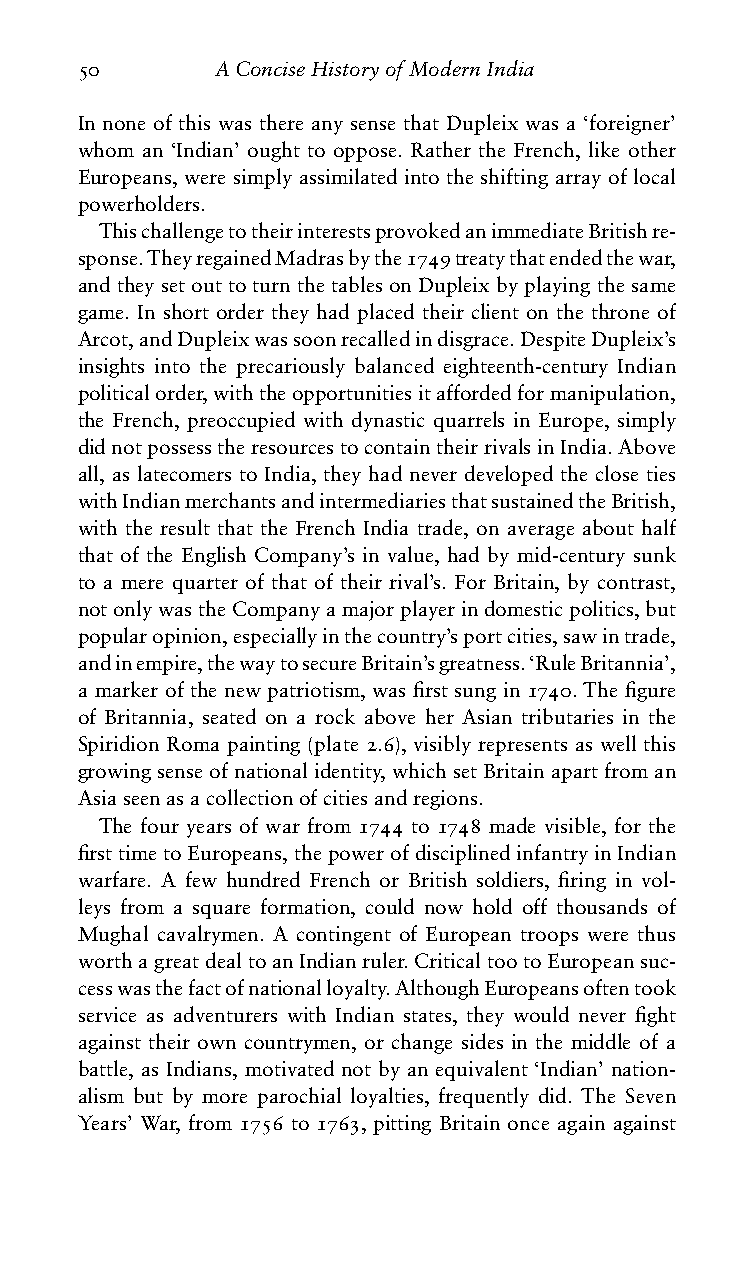
50       AConciseHistoryofModernIndia
 In none of this was there any sense that Dupleix was a ‘foreigner’
 whom an ‘Indian’ ought to oppose. Rather the French, like other
 Europeans, were simply assimilated into the shifting array of local
 powerholders.
 ThischallengetotheirinterestsprovokedanimmediateBritishre-
 sponse.TheyregainedMadrasbythe1749treatythatendedthewar,
 andtheysetouttoturnthetablesonDupleixbyplayingthesame
 game. In short order they had placed their client on the throne of
 Arcot,andDupleixwassoonrecalledindisgrace.DespiteDupleix’s
 insights into the precariously balanced eighteenth-century Indian
 politicalorder,withtheopportunitiesitaffordedformanipulation,
 the French, preoccupied with dynastic quarrels in Europe, simply
 didnotpossesstheresourcestocontaintheirrivalsinIndia.Above
 all, as latecomers to India, they had never developed the close ties
 withIndianmerchantsandintermediariesthatsustainedtheBritish,
 with the result that the French India trade, on average about half
 that of the English Company’s in value, had by mid-century sunk
 to a mere quarter of that of their rival’s. For Britain, by contrast,
 notonlywastheCompanyamajorplayerindomesticpolitics,but
 popularopinion,especiallyinthecountry’sportcities,sawintrade,
 andinempire,thewaytosecureBritain’sgreatness.‘RuleBritannia’,
 a marker of the new patriotism, was first sung in 1740. The figure
 of Britannia, seated on a rock above her Asian tributaries in the
 Spiridion Roma painting (plate 2.6), visibly represents as well this
 growingsenseofnationalidentity,whichsetBritainapartfroman
 Asiaseenasacollectionofcitiesandregions.
 The four years of war from 1744 to 1748 made visible, for the
 firsttimetoEuropeans,thepowerofdisciplinedinfantryinIndian
 warfare. A few hundred French or British soldiers, firing in vol-
 leys from a square formation, could now hold off thousands of
 Mughal cavalrymen. A contingent of European troops were thus
 worthagreatdealtoanIndianruler.CriticaltootoEuropeansuc-
 cesswasthefactofnationalloyalty.AlthoughEuropeansoftentook
 service as adventurers with Indian states, they would never fight
 against their own countrymen, or change sides in the middle of a
 battle, as Indians, motivated not by an equivalent ‘Indian’ nation-
 alism but by more parochial loyalties, frequently did. The Seven
 Years’ War, from 1756 to 1763, pitting Britain once again against